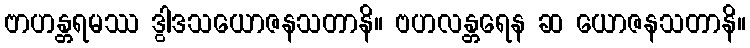
ဗာဟန္တရမဿ ဒွါဒသယောဇနသတာနိ။ ဗဟလန္တရေန ဆ ယောဇနသတာနိ။